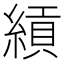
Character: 𬗯